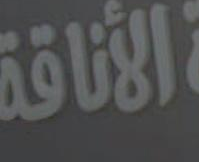
الأناقة